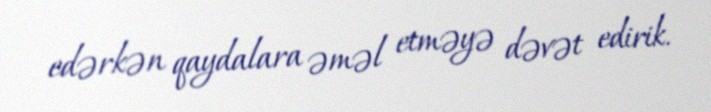
edərkən qaydalara əməl etməyə dəvət edirik.